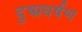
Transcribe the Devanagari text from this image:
दुष्प्रधर्षण